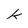
Character: k